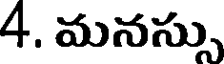
4. మనస్సు